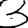
Digit: 3